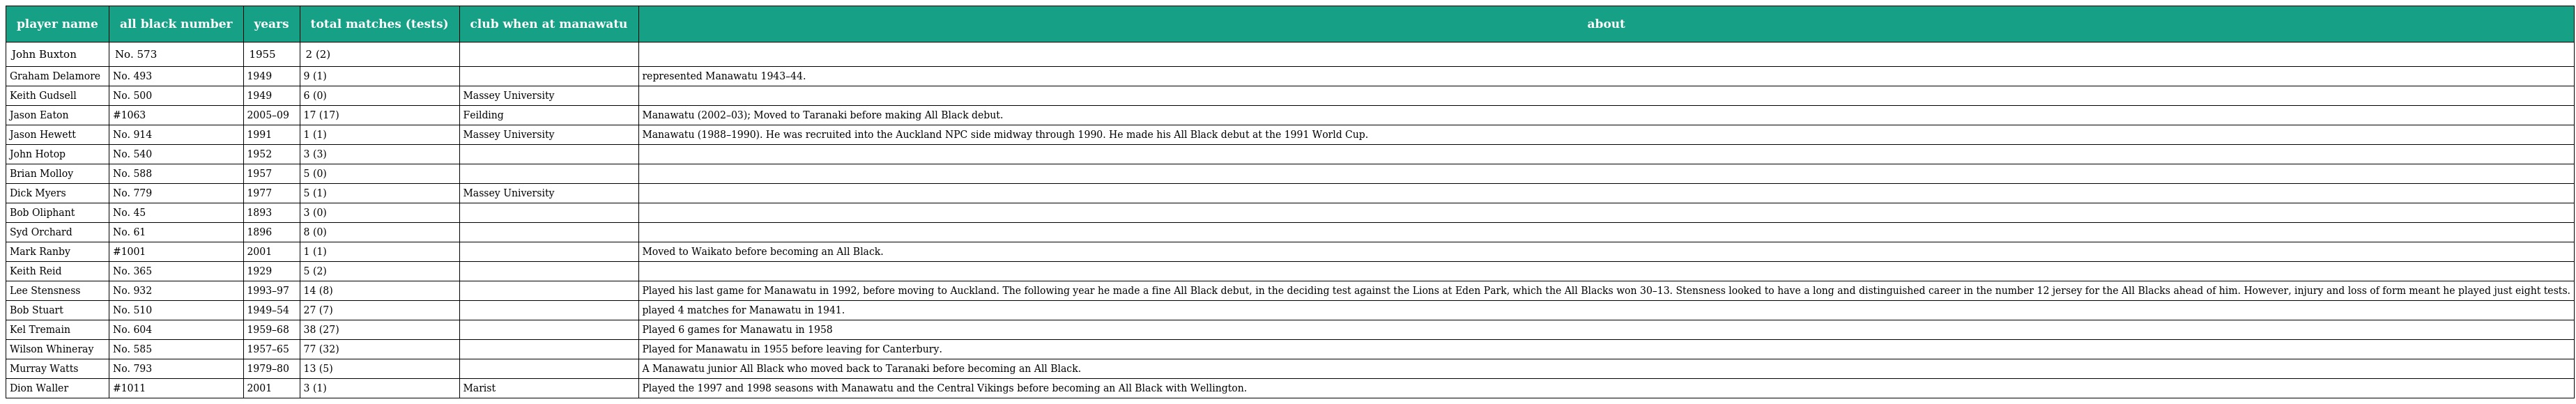
| player name | all black number | years | total matches (tests) | club when at manawatu | about |
 | --- | --- | --- | --- | --- | --- |
 | John Buxton | No. 573 | 1955 | 2 (2) |  |  |
 | Graham Delamore | No. 493 | 1949 | 9 (1) |  | represented Manawatu 1943–44. |
 | Keith Gudsell | No. 500 | 1949 | 6 (0) | Massey University |  |
 | Jason Eaton | #1063 | 2005–09 | 17 (17) | Feilding | Manawatu (2002–03); Moved to Taranaki before making All Black debut. |
 | Jason Hewett | No. 914 | 1991 | 1 (1) | Massey University | Manawatu (1988–1990). He was recruited into the Auckland NPC side midway through 1990. He made his All Black debut at the 1991 World Cup. |
 | John Hotop | No. 540 | 1952 | 3 (3) |  |  |
 | Brian Molloy | No. 588 | 1957 | 5 (0) |  |  |
 | Dick Myers | No. 779 | 1977 | 5 (1) | Massey University |  |
 | Bob Oliphant | No. 45 | 1893 | 3 (0) |  |  |
 | Syd Orchard | No. 61 | 1896 | 8 (0) |  |  |
 | Mark Ranby | #1001 | 2001 | 1 (1) |  | Moved to Waikato before becoming an All Black. |
 | Keith Reid | No. 365 | 1929 | 5 (2) |  |  |
 | Lee Stensness | No. 932 | 1993–97 | 14 (8) |  | Played his last game for Manawatu in 1992, before moving to Auckland. The following year he made a fine All Black debut, in the deciding test against the Lions at Eden Park, which the All Blacks won 30–13. Stensness looked to have a long and distinguished career in the number 12 jersey for the All Blacks ahead of him. However, injury and loss of form meant he played just eight tests. |
 | Bob Stuart | No. 510 | 1949–54 | 27 (7) |  | played 4 matches for Manawatu in 1941. |
 | Kel Tremain | No. 604 | 1959–68 | 38 (27) |  | Played 6 games for Manawatu in 1958 |
 | Wilson Whineray | No. 585 | 1957–65 | 77 (32) |  | Played for Manawatu in 1955 before leaving for Canterbury. |
 | Murray Watts | No. 793 | 1979–80 | 13 (5) |  | A Manawatu junior All Black who moved back to Taranaki before becoming an All Black. |
 | Dion Waller | #1011 | 2001 | 3 (1) | Marist | Played the 1997 and 1998 seasons with Manawatu and the Central Vikings before becoming an All Black with Wellington. |